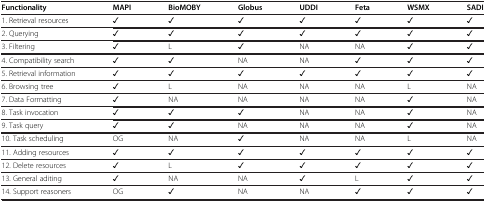
<table><thead><tr><td><b>Functionality</b></td><td><b>MAPI</b></td><td><b>BioMOBY</b></td><td><b>Globus</b></td><td><b>UDDI</b></td><td><b>Feta</b></td><td><b>WSMX</b></td><td><b>SADI</b></td></tr></thead><tbody><tr><td>1. Retrieval resources</td><td>✓</td><td>✓</td><td>✓</td><td>✓</td><td>✓</td><td>✓</td><td>✓</td></tr><tr><td>2. Querying</td><td>✓</td><td>✓</td><td>✓</td><td>✓</td><td>✓</td><td>✓</td><td>✓</td></tr><tr><td>3. Filtering</td><td>✓</td><td>L</td><td>✓</td><td>NA</td><td>NA</td><td>✓</td><td>✓</td></tr><tr><td>4. Compatibility search</td><td>✓</td><td>✓</td><td>NA</td><td>NA</td><td>✓</td><td>✓</td><td>✓</td></tr><tr><td>5. Retrieval information</td><td>✓</td><td>✓</td><td>✓</td><td>✓</td><td>✓</td><td>✓</td><td>✓</td></tr><tr><td>6. Browsing tree</td><td>✓</td><td>L</td><td>NA</td><td>NA</td><td>NA</td><td>L</td><td>NA</td></tr><tr><td>7. Data Formatting</td><td>✓</td><td>NA</td><td>NA</td><td>NA</td><td>NA</td><td>✓</td><td>NA</td></tr><tr><td>8. Task invocation</td><td>✓</td><td>✓</td><td>✓</td><td>NA</td><td>NA</td><td>✓</td><td>NA</td></tr><tr><td>9. Task query</td><td>✓</td><td>✓</td><td>NA</td><td>NA</td><td>NA</td><td>✓</td><td>NA</td></tr><tr><td>10. Task scheduling</td><td>OG</td><td>NA</td><td>✓</td><td>NA</td><td>NA</td><td>L</td><td>NA</td></tr><tr><td>11. Adding resources</td><td>✓</td><td>✓</td><td>✓</td><td>✓</td><td>✓</td><td>✓</td><td>✓</td></tr><tr><td>12. Delete resources</td><td>✓</td><td>L</td><td>✓</td><td>✓</td><td>✓</td><td>✓</td><td>✓</td></tr><tr><td>13. General aditing</td><td>✓</td><td>NA</td><td>NA</td><td>✓</td><td>L</td><td>✓</td><td>✓</td></tr><tr><td>14. Support reasoners</td><td>OG</td><td>✓</td><td>NA</td><td>NA</td><td>✓</td><td>✓</td><td>✓</td></tr></tbody></table>